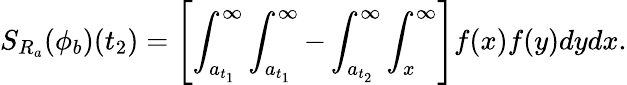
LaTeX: S_{R_{a}}(\phi_{b})(t_{2})=\left[\int_{a_{t_{1}}}^{\infty}\int_{a_{t_{1}}}^{\infty}-\int_{a_{t_{2}}}^{\infty}\int_{x}^{\infty}\right]f(x)f(y)dydx.